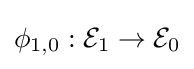
\phi _{1,0}:{\mathcal {E}}_{1}\to {\mathcal {E}}_{0}